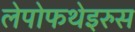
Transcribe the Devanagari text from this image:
लेपोफथेइरुस